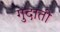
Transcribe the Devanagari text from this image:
गुदाती